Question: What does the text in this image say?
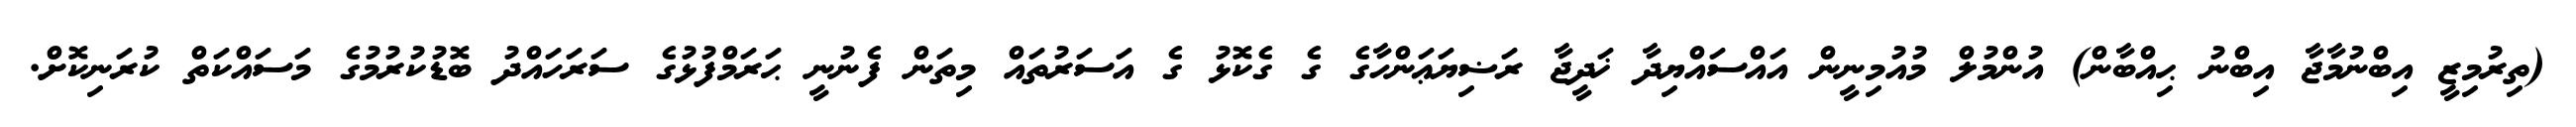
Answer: (ތިރުމިޒީ އިބްނުމާޖާ އިބްނު ޙިއްބާން) އުންމުލް މުއުމިނީން އައްސައްޔިދާ ޚަދީޖާ ރަޟިޔަޢަންހާގެ ގެ ގެކޮޅު ގެ އަސަރުތައް މިތަން ފެނުނީ ޙަރަމްފުޅުގެ ސަރަހައްދު ބޮޑުކުރުމުގެ މަސައްކަތް ކުރަނިކޮށް.